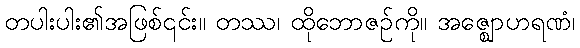
တပါးပါး၏အဖြစ်၎င်း။ တဿ၊ ထိုဘောဇဉ်ကို။ အဇ္ဈောဟရဏံ၊